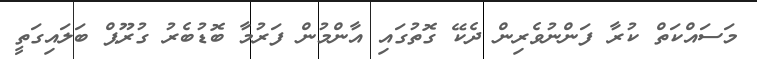
މަސައްކަތް ކުރާ ފަންނުވެރިން ދެކޭ ގޮތުގައި އާންމުން ފަރުމާ ބޮޑުބެރު ގުރޫޕް ބަލައިގަތީ